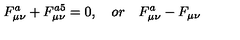
F _ { \mu \nu } ^ { a } + F _ { \mu \nu } ^ { a 5 } = 0 , \quad o r \quad F _ { \mu \nu } ^ { a } - F _ { \mu \nu }